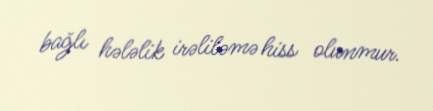
bağlı hələlik irəliləmə hiss olunmur.